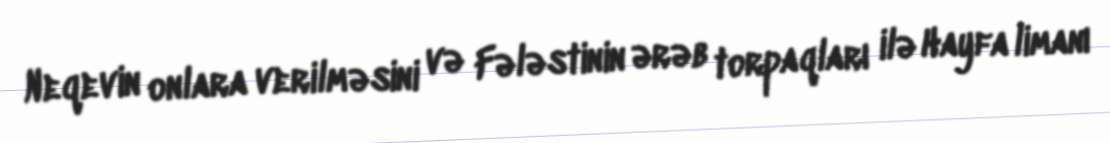
Neqevin onlara verilməsini və Fələstinin ərəb torpaqları ilə Hayfa limanı